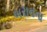
બરાનના